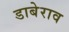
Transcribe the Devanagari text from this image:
डाबेराव